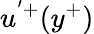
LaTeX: u^{'+}(y^{+})